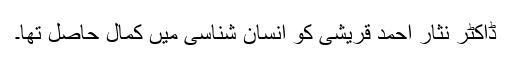
ڈاکٹر نثار احمد قریشی کو انسان شناسی میں کمال حاصل تھا۔